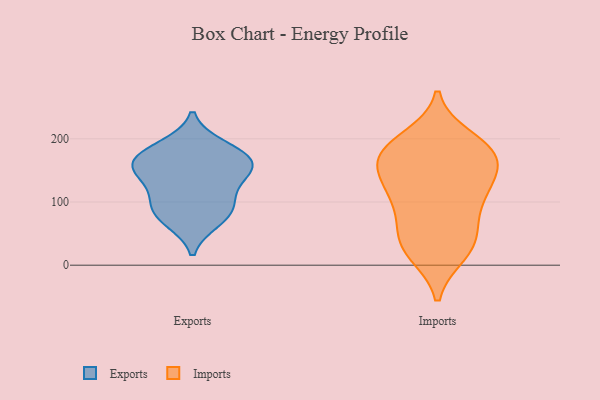
{"axis": {"x": "Churn Rate (%)", "y": "Value"}, "legend": ["Exports", "Imports"], "data": [{"x": "", "y": 155, "type": "Exports"}, {"x": "", "y": 176, "type": "Exports"}, {"x": "", "y": 78, "type": "Exports"}, {"x": "", "y": 97, "type": "Exports"}, {"x": "", "y": 100, "type": "Exports"}, {"x": "", "y": 188, "type": "Exports"}, {"x": "", "y": 134, "type": "Exports"}, {"x": "", "y": 146, "type": "Exports"}, {"x": "", "y": 70, "type": "Exports"}, {"x": "", "y": 158, "type": "Exports"}, {"x": "", "y": 171, "type": "Exports"}, {"x": "", "y": 166, "type": "Imports"}, {"x": "", "y": 158, "type": "Imports"}, {"x": "", "y": 200, "type": "Imports"}, {"x": "", "y": 186, "type": "Imports"}, {"x": "", "y": 33, "type": "Imports"}, {"x": "", "y": 126, "type": "Imports"}, {"x": "", "y": 117, "type": "Imports"}, {"x": "", "y": 24, "type": "Imports"}, {"x": "", "y": 177, "type": "Imports"}, {"x": "", "y": 19, "type": "Imports"}, {"x": "", "y": 109, "type": "Imports"}, {"x": "", "y": 87, "type": "Imports"}, {"x": "", "y": 65, "type": "Imports"}, {"x": "", "y": 133, "type": "Imports"}, {"x": "", "y": 179, "type": "Imports"}, {"x": "", "y": 41, "type": "Imports"}, {"x": "", "y": 177, "type": "Imports"}]}